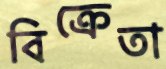
বিক্রেতা